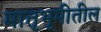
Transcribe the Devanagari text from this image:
मातृभूमीतील